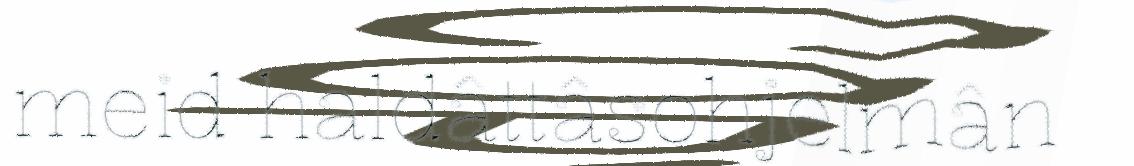
meid haldâttâsohjelmân